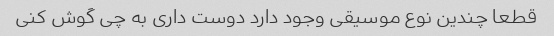
قطعا چندین نوع موسیقی وجود دارد دوست داری به چی گوش کنی